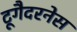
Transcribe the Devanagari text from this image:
टूगैदरनेस